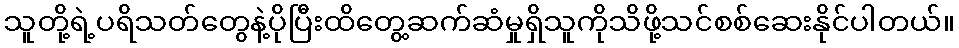
သူတို့ရဲ့ပရိသတ်တွေနဲ့ပိုပြီးထိတွေ့ဆက်ဆံမှုရှိသူကိုသိဖို့သင်စစ်ဆေးနိုင်ပါတယ်။